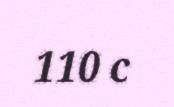
110 c